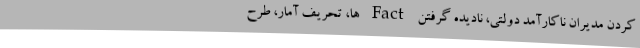
کردن مدیران ناکارآمدِ دولتی، نادیده گرفتن Fact ها، تحریفِ آمار، طرح